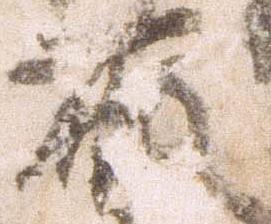
取